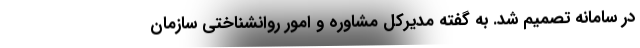
در سامانه تصمیم شد. به گفته مدیرکل مشاوره و امور روانشناختی سازمان